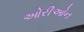
ઓરીઓન